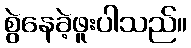
စွဲနေခဲ့ဖူးပါသည်။